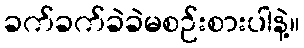
ခက်ခက်ခဲခဲမစဉ်းစားပါနဲ့။